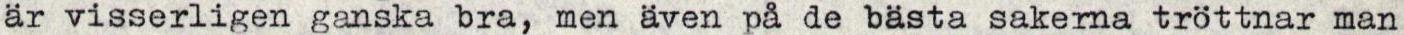
är visserligen ganska bra, men även på de bästa sakerna tröttnar man